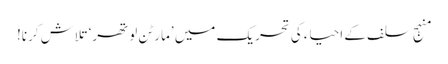
منہجِ سلف کے احیاء کی تحریک میں ’مارٹن لوتھر‘ تلاش کرنا!